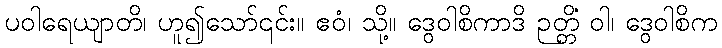
ပဝါရေယျာတိ၊ ဟူ၍သော်၎င်း။ ဧဝံ၊ သို့။ ဒွေဝါစိကာဒိ ဉတ္တိံ ဝါ၊ ဒွေဝါစိက